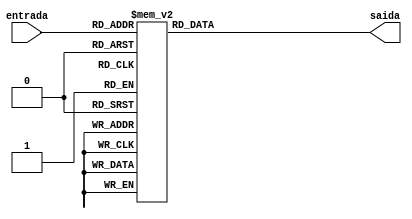
module displayDecoder(

	input[3:0]		entrada,
	output reg [0:6]		saida
);

	always@(entrada)begin //sempre que mudar a entrada
		case(entrada[3:0])
		4'b0000:saida = 7'b0000001; // 0
		4'b0001:saida = 7'b1001111; // 1
		4'b0010:saida = 7'b0010010; // 2
		4'b0011:saida = 7'b0000110; // 3
		4'b0100:saida = 7'b1001100; // 4
		4'b0101:saida = 7'b0100100; // 5
		4'b0110:saida = 7'b0100000; // 6
		4'b0111:saida = 7'b0001111; // 7
		4'b1000:saida = 7'b0000001; // 8
		4'b1001:saida = 7'b0001100; // 9
		4'b1010:saida = 7'b0001000; // A
		4'b1011:saida = 7'b1100000; // B
		4'b1100:saida = 7'b1110010; // C
		4'b1101:saida = 7'b1000010; // D
		4'b1110:saida = 7'b0110000; // E
		4'b1111:saida = 7'b0111000; // F
		default: saida = 7'b0000000;
		endcase
	end
    
endmodule